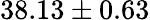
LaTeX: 38.13\pm 0.63